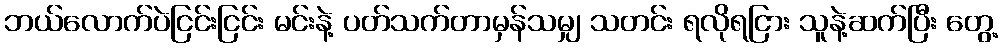
ဘယ်လောက်ပဲငြင်းငြင်း မင်းနဲ့ ပတ်သက်တာမှန်သမျှ သတင်း ရလိုရငြား သူနဲ့ဆက်ပြီး တွေ့